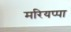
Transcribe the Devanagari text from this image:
मरियप्पा